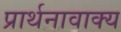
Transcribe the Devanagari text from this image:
प्रार्थनावाक्य